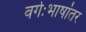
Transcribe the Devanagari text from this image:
वर्गःभाषांतर